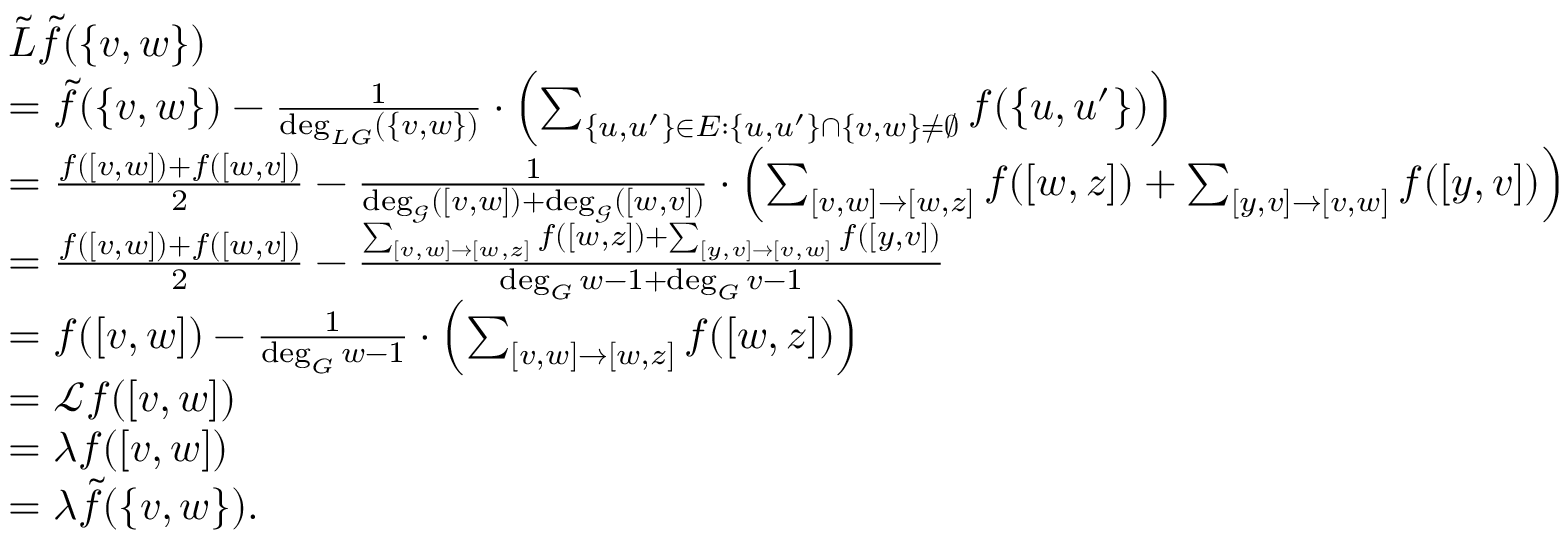
\begin{array} { r l } & { \tilde { L } \tilde { f } ( \{ v , w \} ) } \\ & { = \tilde { f } ( \{ v , w \} ) - \frac { 1 } { \deg _ { L G } ( \{ v , w \} ) } \cdot \left( \sum _ { \{ u , u ^ { \prime } \} \in E : \{ u , u ^ { \prime } \} \cap \{ v , w \} \ne \emptyset } f ( \{ u , u ^ { \prime } \} ) \right) } \\ & { = \frac { f ( [ v , w ] ) + f ( [ w , v ] ) } { 2 } - \frac { 1 } { \deg _ { \mathcal { G } } ( [ v , w ] ) + \deg _ { \mathcal { G } } ( [ w , v ] ) } \cdot \left( \sum _ { [ v , w ] \to [ w , z ] } f ( [ w , z ] ) + \sum _ { [ y , v ] \to [ v , w ] } f ( [ y , v ] ) \right) } \\ & { = \frac { f ( [ v , w ] ) + f ( [ w , v ] ) } { 2 } - \frac { \sum _ { [ v , w ] \to [ w , z ] } f ( [ w , z ] ) + \sum _ { [ y , v ] \to [ v , w ] } f ( [ y , v ] ) } { \deg _ { G } w - 1 + \deg _ { G } v - 1 } } \\ & { = f ( [ v , w ] ) - \frac { 1 } { \deg _ { G } w - 1 } \cdot \left( \sum _ { [ v , w ] \to [ w , z ] } f ( [ w , z ] ) \right) } \\ & { = \mathcal { L } f ( [ v , w ] ) } \\ & { = \lambda f ( [ v , w ] ) } \\ & { = \lambda \tilde { f } ( \{ v , w \} ) . } \end{array}